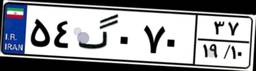
۵۴گ۰۷۰۳۷